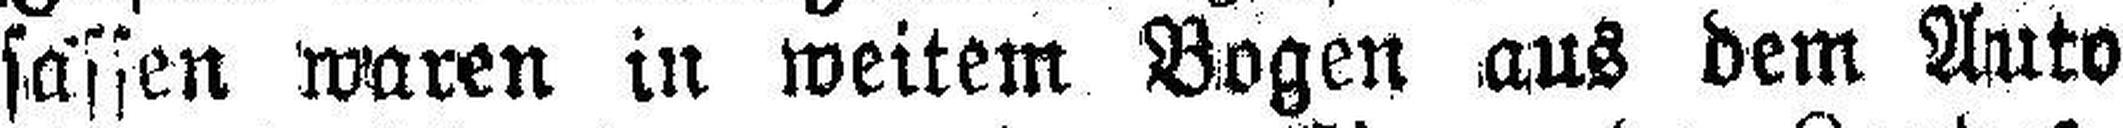
sassen waren in weitem Bogen aus dem Auto